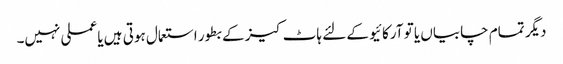
دیگر تمام چابیاں یا تو آرکائیو کے لئے ہاٹ کیز کے بطور استعمال ہوتی ہیں یا عملی نہیں۔